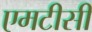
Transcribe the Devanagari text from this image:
एमटीसी